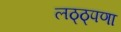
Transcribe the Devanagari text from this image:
लठ्ठ्पणा